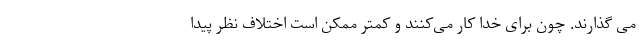
می گذارند. چون برای خدا کار می‌کنند و کمتر ممکن است اختلاف نظر پیدا